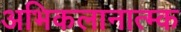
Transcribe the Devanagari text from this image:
अभिकलानात्म्क